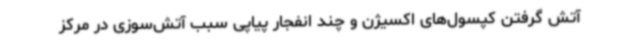
آتش گرفتن کپسول‌های اکسیژن و چند انفجار پیاپی سبب آتش‌سوزی در مرکز